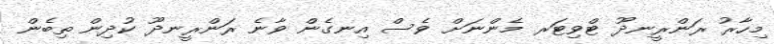
މިހާރު ރަންރީނދޫ ޓްވިޓަރ މެންނަށް ވެސް އިނގެން ވާނެ ރަންރީނދޫ ކުދިން ތިބެން